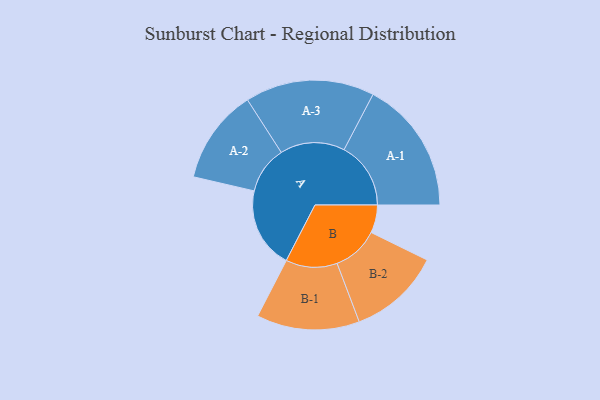
{"axis": {"x": "Segment", "y": "Value"}, "legend": ["", "A", "B"], "data": [{"x": "A", "y": 351, "type": ""}, {"x": "B", "y": 121, "type": ""}, {"x": "A-1", "y": 289, "type": "A"}, {"x": "A-2", "y": 205, "type": "A"}, {"x": "A-3", "y": 280, "type": "A"}, {"x": "B-1", "y": 223, "type": "B"}, {"x": "B-2", "y": 200, "type": "B"}]}